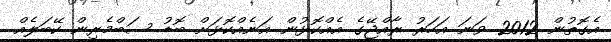
އެގޮތުން 2012 ވަނަ އަހަރު ރާއްޖޭގެ އެއްކޮޅުން އަނެއްކޮޅަށް ބޮޑު ސަބްމެރިން ކޭބަލެއް